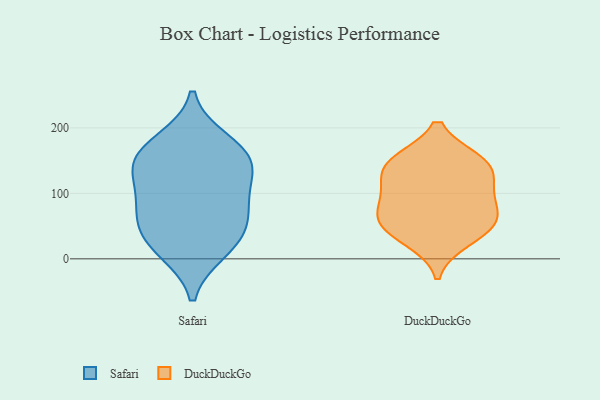
{"axis": {"x": "Humidity (%)", "y": "Value"}, "legend": ["DuckDuckGo", "Safari"], "data": [{"x": "", "y": 160, "type": "Safari"}, {"x": "", "y": 13, "type": "Safari"}, {"x": "", "y": 55, "type": "Safari"}, {"x": "", "y": 127, "type": "Safari"}, {"x": "", "y": 179, "type": "Safari"}, {"x": "", "y": 49, "type": "Safari"}, {"x": "", "y": 149, "type": "Safari"}, {"x": "", "y": 88, "type": "Safari"}, {"x": "", "y": 89, "type": "Safari"}, {"x": "", "y": 149, "type": "Safari"}, {"x": "", "y": 21, "type": "Safari"}, {"x": "", "y": 51, "type": "DuckDuckGo"}, {"x": "", "y": 29, "type": "DuckDuckGo"}, {"x": "", "y": 66, "type": "DuckDuckGo"}, {"x": "", "y": 81, "type": "DuckDuckGo"}, {"x": "", "y": 102, "type": "DuckDuckGo"}, {"x": "", "y": 118, "type": "DuckDuckGo"}, {"x": "", "y": 51, "type": "DuckDuckGo"}, {"x": "", "y": 146, "type": "DuckDuckGo"}, {"x": "", "y": 146, "type": "DuckDuckGo"}, {"x": "", "y": 149, "type": "DuckDuckGo"}]}